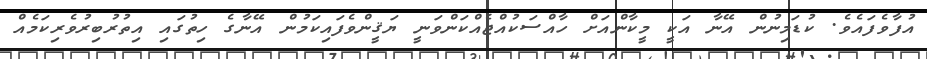
އުފާވެފައެވެ. ކުޑަމިނުން އޭނާ އަކީ މީކާންއަށް ހާއްސަކުއްޖެއްކަންވަނީ ޔަޤީންވެފައިކަމުން އޭނާގެ ހިތުގައި އިތުރުބިރުވެރިކަމެއް